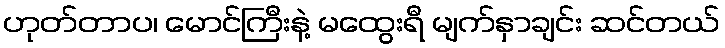
ဟုတ်တာပ၊ မောင်ကြီးနဲ့ မထွေးရီ မျက်နှာချင်း ဆင်တယ်